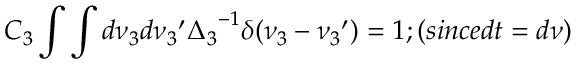
C _ { 3 } \int \int d \nu _ { 3 } d { \nu _ { 3 } } ^ { \prime } { \Delta _ { 3 } } ^ { - 1 } \delta ( \nu _ { 3 } - { \nu _ { 3 } } ^ { \prime } ) = 1 ; ( s i n c e d t = d \nu )